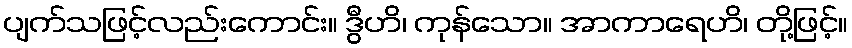
ပျက်သဖြင့်လည်းကောင်း။ ဒွီဟိ၊ ကုန်သော။ အာကာရေဟိ၊ တို့ဖြင့်။